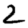
Digit: 2